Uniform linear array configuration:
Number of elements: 8
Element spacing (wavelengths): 0.75
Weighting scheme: exponential
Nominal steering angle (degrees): -15
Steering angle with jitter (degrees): -15.765
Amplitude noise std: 0.05
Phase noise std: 0.05

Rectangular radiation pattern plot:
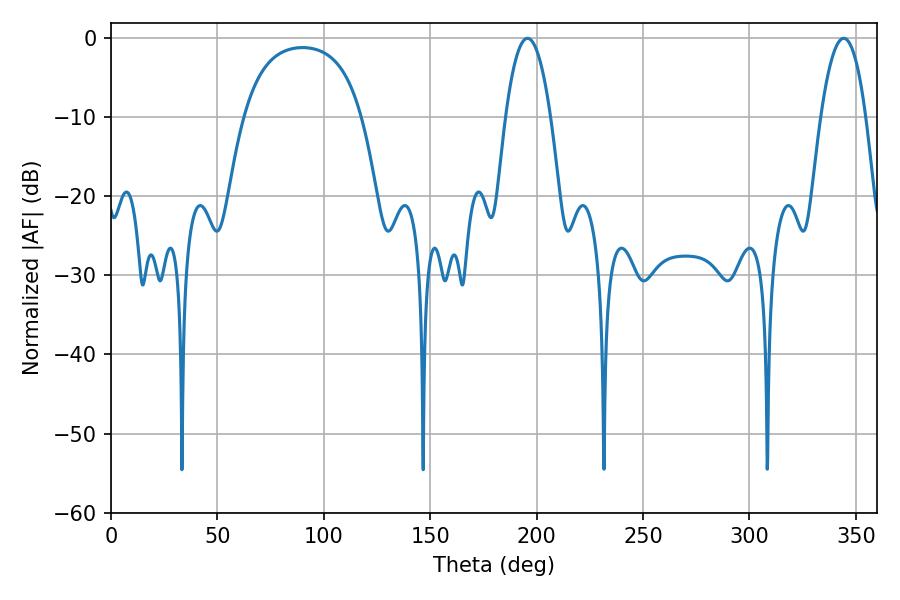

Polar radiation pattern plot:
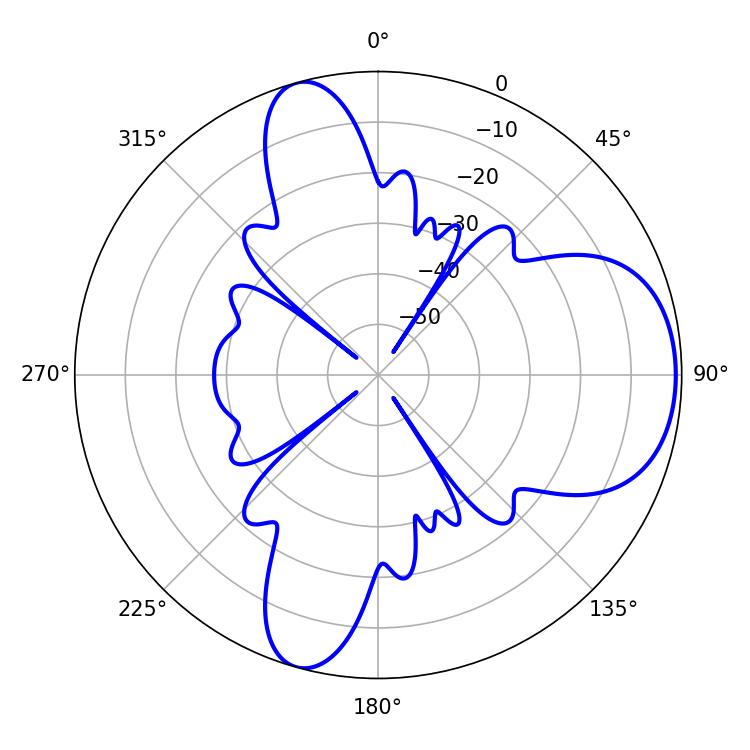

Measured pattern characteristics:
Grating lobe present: TRUE
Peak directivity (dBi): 7.349
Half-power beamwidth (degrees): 11.7
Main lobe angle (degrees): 195.66